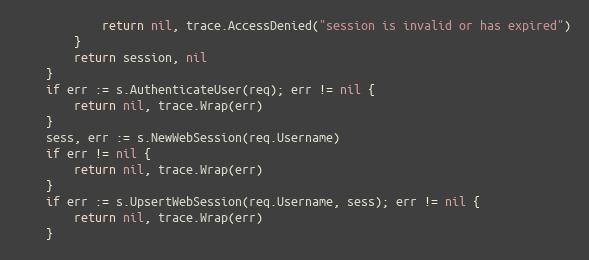
Language: Go
			return nil, trace.AccessDenied("session is invalid or has expired")
		}
		return session, nil
	}
	if err := s.AuthenticateUser(req); err != nil {
		return nil, trace.Wrap(err)
	}
	sess, err := s.NewWebSession(req.Username)
	if err != nil {
		return nil, trace.Wrap(err)
	}
	if err := s.UpsertWebSession(req.Username, sess); err != nil {
		return nil, trace.Wrap(err)
	}